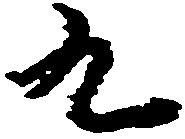
九